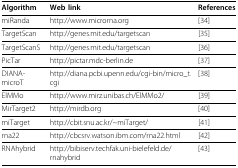
<table><thead><tr><td><b>Algorithm</b></td><td><b>Web link</b></td><td><b>References</b></td></tr></thead><tbody><tr><td>miRanda</td><td>http://www.microrna.org</td><td>[34]</td></tr><tr><td>TargetScan</td><td>http://genes.mit.edu/targetscan</td><td>[35]</td></tr><tr><td>TargetScanS</td><td>http://genes.mit.edu/targetscan</td><td>[36]</td></tr><tr><td>PicTar</td><td>http://pictar.mdc-berlin.de</td><td>[37]</td></tr><tr><td>DIANA-microT</td><td>http://diana.pcbi.upenn.edu/cgi-bin/micro_t.cgi</td><td>[38]</td></tr><tr><td>ElMMo</td><td>http://www.mirz.unibas.ch/ElMMo2/</td><td>[39]</td></tr><tr><td>MirTarget2</td><td>http://mirdb.org</td><td>[40]</td></tr><tr><td>miTarget</td><td>http://cbit.snu.ac.kr/~miTarget/</td><td>[41]</td></tr><tr><td>rna22</td><td>http://cbcsrv.watson.ibm.com/rna22.html</td><td>[42]</td></tr><tr><td>RNAhybrid</td><td>http://bibiserv.techfak.uni-bielefeld.de/rnahybrid</td><td>[43]</td></tr></tbody></table>